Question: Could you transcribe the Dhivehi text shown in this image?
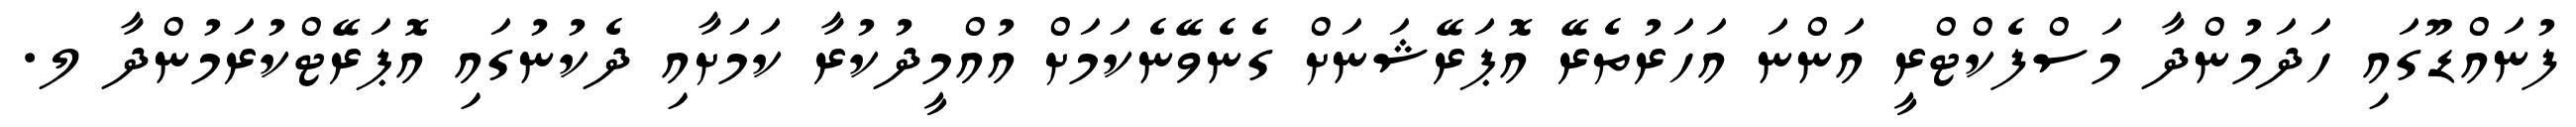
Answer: ފުނައްޑޫގައި ހަދަމުންދާ މަސްފެކްޓްރީ އަންނަ އަހަރުތެރޭ އޮޕަރޭޝަނަށް ގެނެވޭނެކަމަށް އުއްމީދުކުރާ ކަމަށާއި ދެކުނުގައި އޮޕަރޭޓްކުރަމުންދާ ލ.